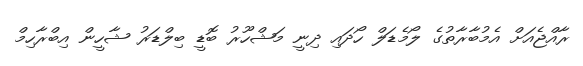
ރާއްޖެއަށް އެމުބާރާތުގެ ލޯމެޑަލް ހޯދައި ދިނީ މަޝްހޫރު ބޮޑީ ބިލްޑަރު ޝާހީން އިބްރާހިމް